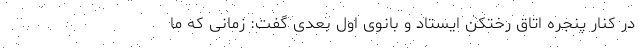
در کنار پنجره اتاق رختکن ایستاد و بانوی اول بعدی گفت: زمانی که ما